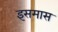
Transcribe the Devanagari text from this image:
इसमास